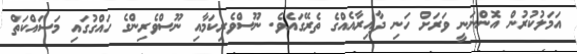
އަމަލުކުރުން އޮންނަނީ ވަރަށް ހަނި ދާއިރާއެއްގެ ތެރޭގައެވެ. ނޫސްވެރިކަމާއި ނޫސްވެރިންގެ ހައްގުގައި މަސައްކަތް